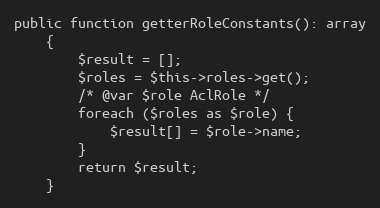
Language: PHP
public function getterRoleConstants(): array
	{
		$result = [];
		$roles = $this->roles->get();
		/* @var $role AclRole */
		foreach ($roles as $role) {
			$result[] = $role->name;
		}
		return $result;
	}